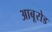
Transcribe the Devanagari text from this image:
आबूरोड